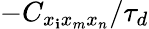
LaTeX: -C_{x_{\mathbf{i}}x_{m}x_{n}}/\tau_{d}